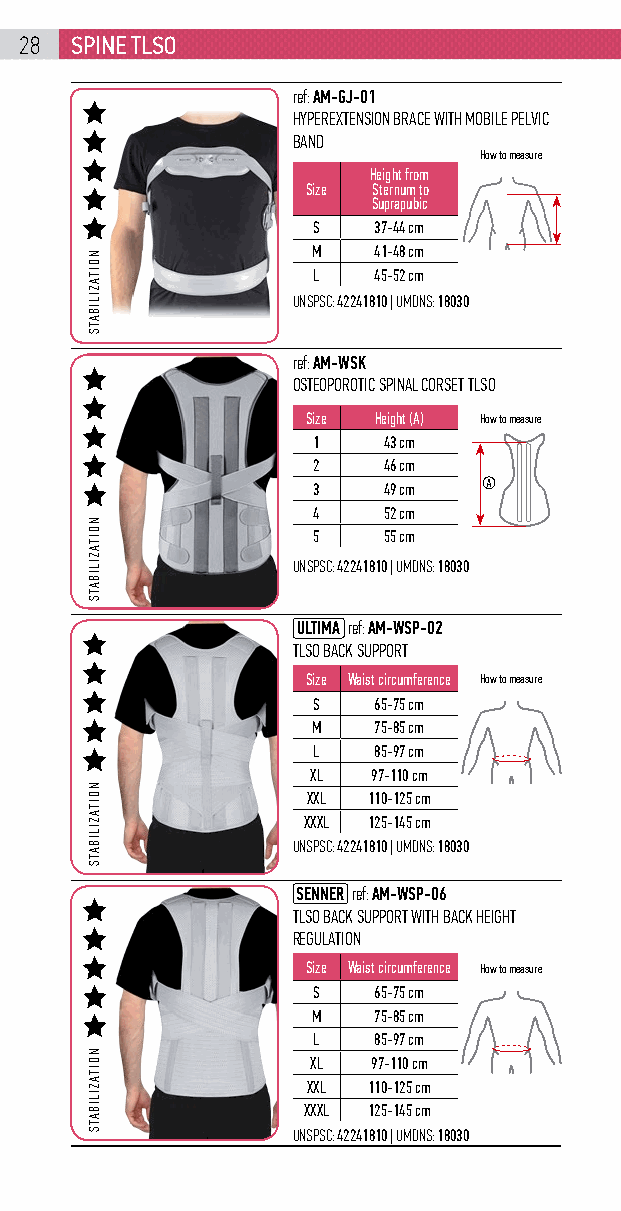
28  spinE tlso
 ref: AM-GJ-01
 HYPEREXTENSION BRACE WITH MOBILE PELVIC
 BAND
 How to measure
 Height from
 Size Sternum to
 Suprapubic
 S   37-44 cm
 M   41-48 cm
 L   45-52 cm
 UNSPSC: 42241810 | UMDNS: 18030
 ref: AM-WSK
 OSTEOPOROTIC SPINAL CORSET TLSO
 Size Height (A) How to measure
 1   43 cm
 2   46 cm
 3   49 cm
 4   52 cm
 5   55 cm
 UNSPSC: 42241810 | UMDNS: 18030
 ULTIMA ref: AM-WSP-02
 TLSO BACK SUPPORT
 Size Waist circumference How to measure
 S   65-75 cm
 M   75-85 cm
 L   85-97 cm
 XL  97-110 cm
 XXL 110-125 cm
 XXXL 125-145 cm
 UNSPSC: 42241810 | UMDNS: 18030
 SENNER ref: AM-WSP-06
 TLSO BACK SUPPORT WITH BACK HEIGHT
 REGULATION
 Size Waist circumference How to measure
 S   65-75 cm
 M   75-85 cm
 L   85-97 cm
 XL  97-110 cm
 XXL 110-125 cm
 XXXL 125-145 cm
 UNSPSC: 42241810 | UMDNS: 18030
 NOITAZILIBATS
 NOITAZILIBATS
 NOITAZILIBATS
 NOITAZILIBATS